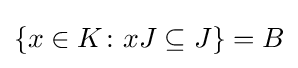
\{x\in K\colon xJ\subseteq J\}=B